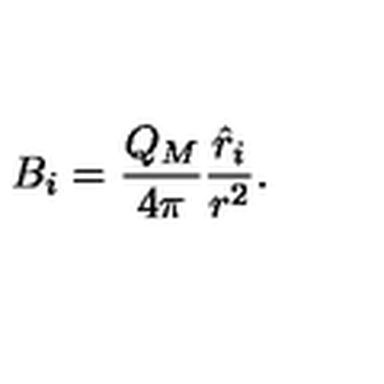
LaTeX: B _ { i } = { \frac { Q _ { M } } { 4 \pi } } { \frac { { \hat { r } } _ { i } } { r ^ { 2 } } } .